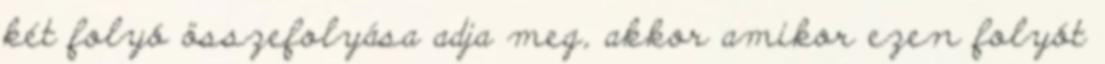
két folyó összefolyása adja meg, akkor amikor ezen folyót